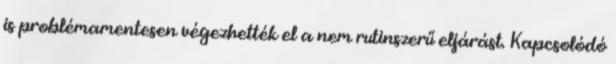
is problémamentesen végezhették el a nem rutinszerű eljárást. Kapcsolódó